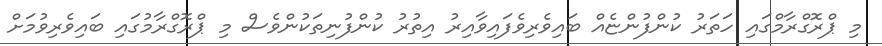
މި ޕްރޮގްރާމްގައި ހަތަރު ކުންފުންޏެއް ބައިވެރިވެފައިވާއިރު އިތުރު ކުންފުނިތަކުންވެސް މި ޕްރޮގްރާމުގައި ބައިވެރިވުމަށް